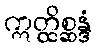
ဣတ္ထိစ္ဆန္ဒံ